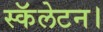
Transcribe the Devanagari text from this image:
स्कॅलेटन।